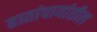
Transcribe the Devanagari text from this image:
हातांपायांतील